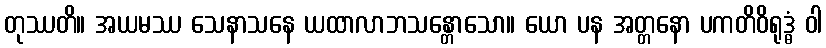
တုဿတိ။ အယမဿ သေနာသနေ ယထာလာဘသန္တောသော။ ယော ပန အတ္တနော ပကတိဝိရုဒ္ဓံ ဝါ